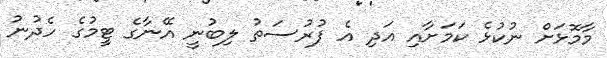
މާމޮޅަށް ނުކުޅެ ކަމަށާއި އަދި އެ ފުރުސަތު ލިބުނީ އޭނާގެ ޓީމުގެ ހެދުނު